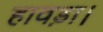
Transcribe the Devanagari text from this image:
हावड़ा।